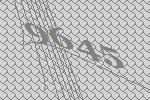
9645